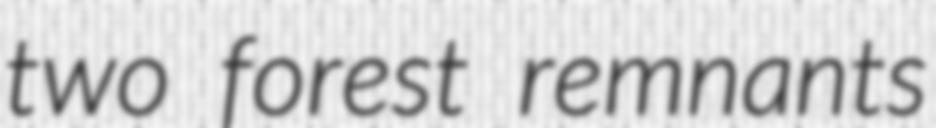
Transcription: two forest remnants